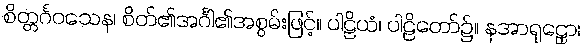
စိတ္တင်္ဂဝသေန၊ စိတ်၏အင်္ဂါ၏အစွမ်းဖြင့်။ ပါဠိယံ၊ ပါဠိတော်၌။ နအာရုဠှော၊